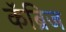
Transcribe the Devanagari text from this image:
कॅंब्रिज